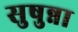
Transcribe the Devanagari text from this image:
सुषुन्ना